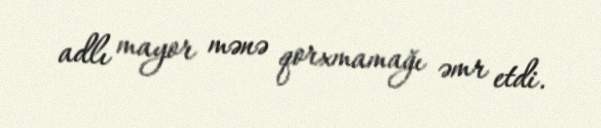
adlı mayor mənə qorxmamağı əmr etdi.